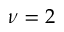
\nu = 2